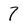
Character: 7